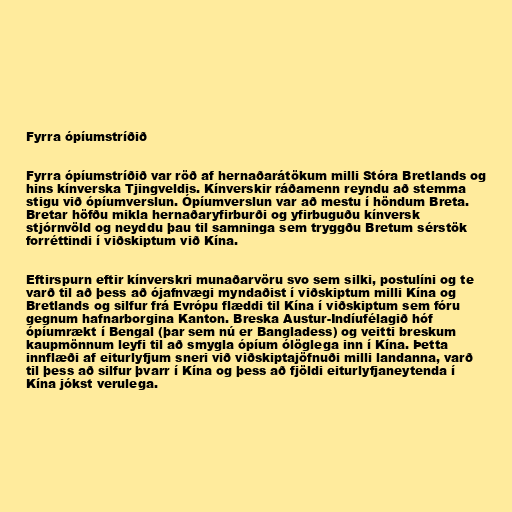
Fyrra ópíumstríðið

Fyrra ópíumstríðið var röð af hernaðarátökum milli Stóra Bretlands og
hins kínverska Tjingveldis. Kínverskir ráðamenn reyndu að stemma
stigu við ópíumverslun. Ópíumverslun var að mestu í höndum Breta.
Bretar höfðu mikla hernaðaryfirburði og yfirbuguðu kínversk
stjórnvöld og neyddu þau til samninga sem tryggðu Bretum sérstök
forréttindi í viðskiptum við Kína.

Eftirspurn eftir kínverskri munaðarvöru svo sem silki, postulíni og te
varð til að þess að ójafnvægi myndaðist í viðskiptum milli Kína og
Bretlands og silfur frá Evrópu flæddi til Kína í viðskiptum sem fóru
gegnum hafnarborgina Kanton. Breska Austur-Indíufélagið hóf
ópíumrækt í Bengal (þar sem nú er Bangladess) og veitti breskum
kaupmönnum leyfi til að smygla ópíum ólöglega inn í Kína. Þetta
innflæði af eiturlyfjum sneri við viðskiptajöfnuði milli landanna, varð
til þess að silfur þvarr í Kína og þess að fjöldi eiturlyfjaneytenda í
Kína jókst verulega.